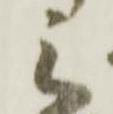
之